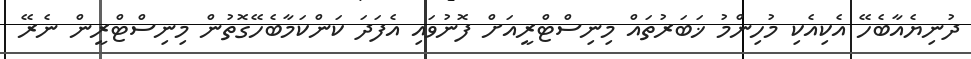
ދުނިޔެއާބެހޭ އެކިއެކި މުހިންމު ޚަބަރުތައް މިނިސްޓްރީއަށް ފޮނުވައި އެފަދަ ކަންކަމާބެހޭގޮތުން މިނިސްޓްރީން ނެރޭ